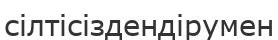
сілтісіздендірумен